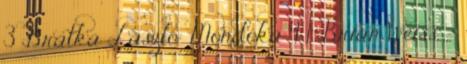
3 Bratka László: Mondóka 4 1 Brian Weiss -